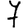
Digit: 7